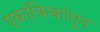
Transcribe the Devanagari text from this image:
एकांकिकांतून